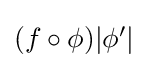
{\textstyle (f\circ \phi )|\phi '|}